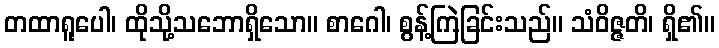
တထာရူပေါ၊ ထိုသို့သဘောရှိသော။ စာဂေါ၊ စွန့်ကြဲခြင်းသည်။ သံဝိဇ္ဇတိ၊ ရှိ၏။